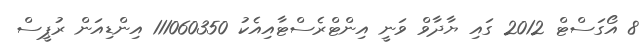
8 އޯގަސްޓް 2012 ގައި ޔާދާވް ވަނީ އިންޓްރެސްޓާއިއެކު 111060350 އިންޑިއަން ރުޕީސް